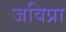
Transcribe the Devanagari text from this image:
जविप्रा